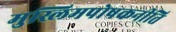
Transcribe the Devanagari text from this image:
मुस्लिमपोषकनीति